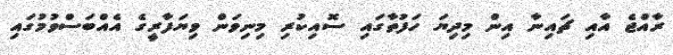
ރާއްޖެ އާއި ޗައިނާ އިން މިދިޔަ ހަފުތާގައި ސޮއިކުރި މިނިވަން ވިޔަފާރީގެ އެއްބަސްވުމުގައި